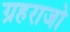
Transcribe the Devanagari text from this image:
ग्रहराजो